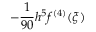
- { \frac { 1 } { 9 0 } } h ^ { 5 } f ^ { ( 4 ) } ( \xi )